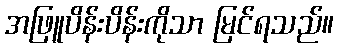
အဖြူပိန်းပိန်းကိုသာ မြင်ရသည်။